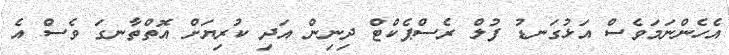
އެހެންނަމަވެސް އަޅުގަނޑު ފުލް ރެސްޕެކްޓް ދިނިން އަދި ކުރިޔަށް އޮތްތާނގަ ވެސް އެ